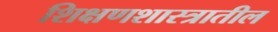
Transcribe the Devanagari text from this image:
शिक्षणशास्त्रातील